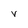
Character: v